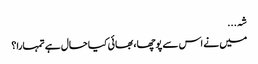
شہ...
میں نے اس سے پوچھا، بھائی کیا حال ہے تمہارا؟